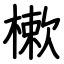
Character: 樕